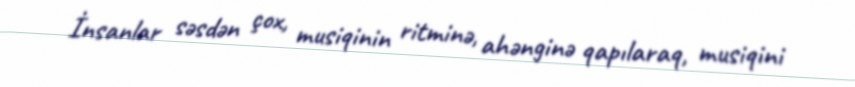
İnsanlar səsdən çox, musiqinin ritminə, ahənginə qapılaraq, musiqini